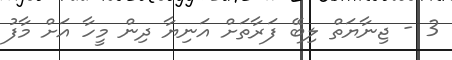
3 - ޖިނާޔަތް ލިބޭ ފަރާތަށް އަނިޔާ ދިން މީހާ އަށް މާފު